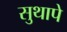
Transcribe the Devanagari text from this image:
सुथापे